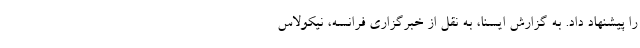
را پیشنهاد داد. به گزارش ایسنا، به نقل از خبرگزاری فرانسه، نیکولاس